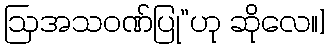
ဩအသဝဏ်ပြု”ဟု ဆိုလေ။]